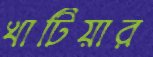
খাটিয়ার